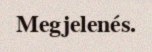
Megjelenés.